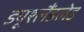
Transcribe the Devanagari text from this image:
ड्यूश्लैंडलेड